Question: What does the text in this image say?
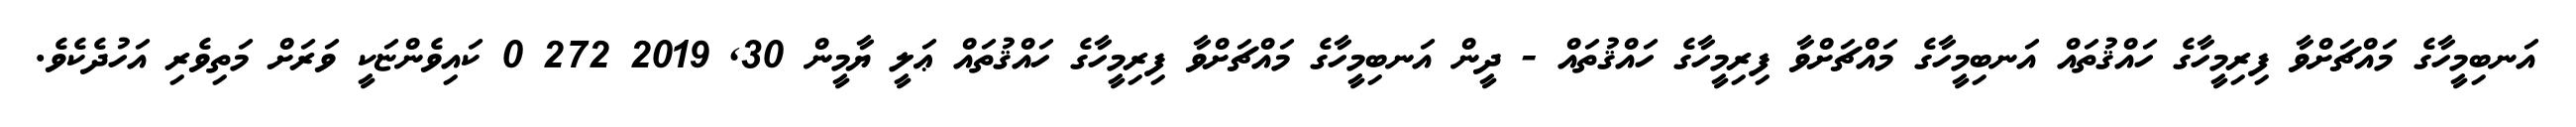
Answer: އަނބިމީހާގެ މައްޗަށްވާ ފިރިމީހާގެ ހައްޤުތައް އަނބިމީހާގެ މައްޗަށްވާ ފިރިމީހާގެ ހައްޤުތައް - ދީން އަނބިމީހާގެ މައްޗަށްވާ ފިރިމީހާގެ ހައްޤުތައް ޢަލީ ޔާމީން 30, 2019 272 0 ކައިވެންޏަކީ ވަރަށް މަތިވެރި އަހުދެކެވެ.